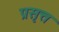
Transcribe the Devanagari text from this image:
प्रसृत्त